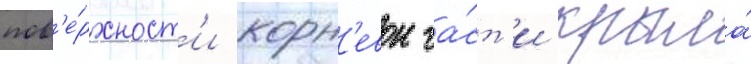
пов'е́рхност'и корн'евои ча́ст'и крыла́